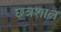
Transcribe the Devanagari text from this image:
छत्रशाल